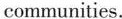
communities.